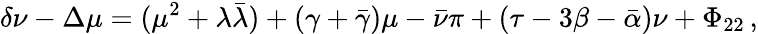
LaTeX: \delta\nu-\Delta\mu=(\mu^{2}+\lambda{\bar{\lambda}})+(\gamma+{\bar{\gamma}})\mu-{\bar{\nu}}\pi+(\tau-3\beta-{\bar{\alpha}})\nu+\Phi_{22}\, ,